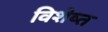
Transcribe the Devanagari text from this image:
विशेष्त